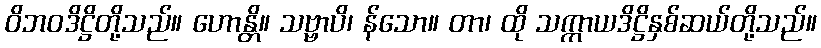
ဝိဘဝဒိဋ္ဌိတို့သည်။ ဟောန္တိ။ သဗ္ဗာပိ၊ န်သော။ တာ၊ ထို သက္ကာယဒိဋ္ဌိနှစ်ဆယ်တို့သည်။